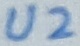
Text: U2